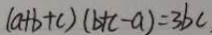
( a + b + c ) ( b + c - a ) = 3 b c